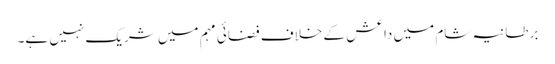
برطانیہ شام میں داعش کے خلاف فضائی مہم میں شریک نہیں ہے۔